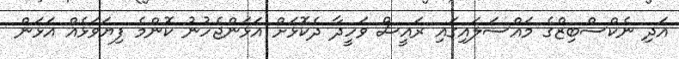
އަދި ނެކްސްބިޒްގެ މައްސަލައިގައި ރައީސް ވަހީދާ ދެކޮޅަށް އަޅަންޖެހުނު ކޮންމެ ފިޔަވަޅެއް އަޅަން